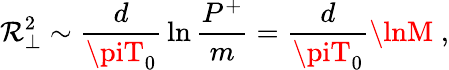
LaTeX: \mathcal{R}_{\perp}^{2}\sim{\frac{{d}}{{\piT_{0}}}}\ln{\frac{{P^{+}}}{{m}}}={\frac{{d}}{{\piT_{0}}}}\lnM\; ,